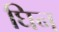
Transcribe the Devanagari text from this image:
घिन